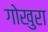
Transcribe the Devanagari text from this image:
गोखुरा